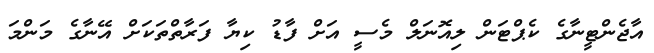
އާޖެންޓީނާގެ ކެޕްޓަން ލިއޮނަލް މެސީ އަށް ފާޑު ކިޔާ ފަރާތްތަކަށް އޭނާގެ މަންމަ